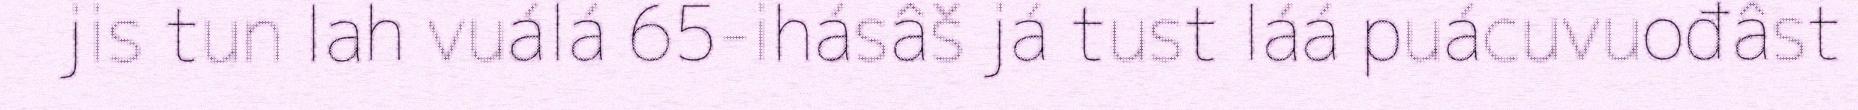
jis tun lah vuálá 65-ihásâš já tust láá puácuvuođâst